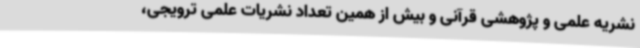
نشریه علمی و پژوهشی قرآنی و بیش از همین تعداد نشریات علمی ترویجی،